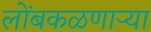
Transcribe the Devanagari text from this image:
लोंबकळणार्‍या